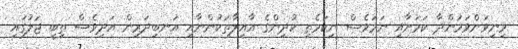
މިނިވަންވަމުންދާ ކަމަށާއި ނަމަވެސް ނިކަމެތި ކުދިންގެ އާއިލާތަކުންނާއި އަނބިދަރިން އަދިވެސް ތިބީ ޖަލުގައި